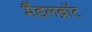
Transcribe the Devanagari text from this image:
मैंडलब्रॉट